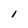
Character: l